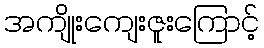
အကျိုးကျေးဇူးကြောင့်